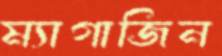
ম্যাগাজিন